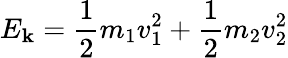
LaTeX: E_{\mathbf{k}}=\frac{{1}}{{2}}m_{1}v_{1}^{2}+\frac{{1}}{{2}}m_{2}v_{2}^{2}